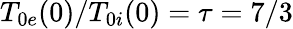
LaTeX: T_{0e}(0)/T_{0i}(0)=\tau=7/3